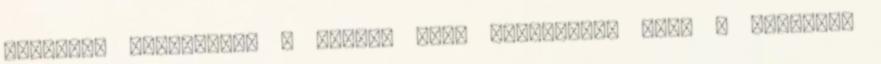
Haruhiko felgyújtja a házat, majd megvárjuk, hogy a tolvajok